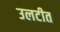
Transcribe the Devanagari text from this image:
उलटीत